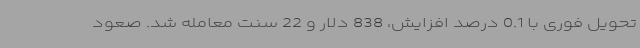
تحویل فوری با 0.1 درصد افزایش، 838 دلار و 22 سنت معامله شد. صعود